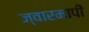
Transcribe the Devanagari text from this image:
ज्वारमापी